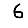
Digit: 6